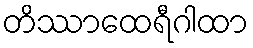
တိဿာထေရီဂါထာ